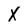
Character: x